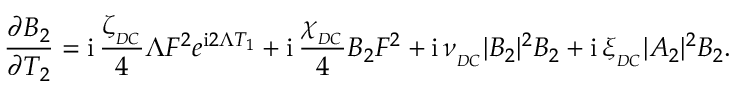
\frac { \partial B _ { 2 } } { \partial T _ { 2 } } = \mathrm { i } \, \frac { \zeta _ { _ { D C } } } { 4 } \Lambda F ^ { 2 } e ^ { \mathrm { i } 2 \Lambda T _ { 1 } } + \mathrm { i } \, \frac { \chi _ { _ { D C } } } { 4 } B _ { 2 } F ^ { 2 } + \mathrm { i } \, \nu _ { _ { D C } } | B _ { 2 } | ^ { 2 } B _ { 2 } + \mathrm { i } \, \xi _ { _ { D C } } | A _ { 2 } | ^ { 2 } B _ { 2 } .